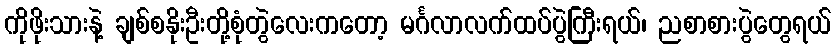
ကိုဖိုးသားနဲ့ ချစ်စနိုးဦးတို့စုံတွဲလေးကတော့ မင်္ဂလာလက်ထပ်ပွဲကြီးရယ်၊ ညစာစားပွဲတွေရယ်